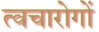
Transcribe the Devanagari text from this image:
त्वचारोगों